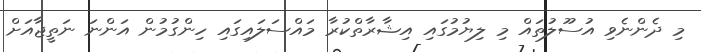
މި ދެންނެވި އުސޫލުތައް މި ލިޔުމުގައި އިޝާރާތްކުރާ މައްސަލައިގައި ހިންގުމުން އަންނަ ނަތީޖާއަށް